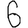
Digit: 6